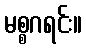
မစ္စဂရင်း။